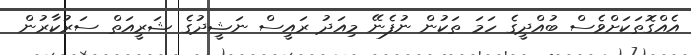
އެއްގޮތަކަށްވެސް ބުއްދީގެ ހަމަ ތަކުން ނުފެނޭ މިއަދު ރައީސް ނަޝީދުގެ ޝަރީއަތް ސަރުކާރުން